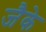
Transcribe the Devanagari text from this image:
जैके